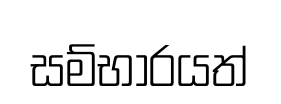
සම්භාරයත්